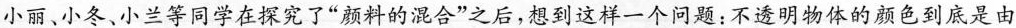
小丽、小冬、小兰等同学在探究了”颜料的混合”之后，想到这样一个问题：不透明物体的颜色到底是由